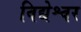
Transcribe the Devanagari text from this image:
विद्येश्वर